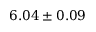
6 . 0 4 \pm 0 . 0 9